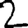
Digit: 2